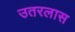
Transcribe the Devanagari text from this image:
उतरलास